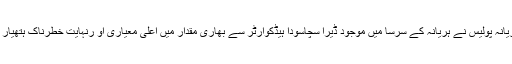
پیر کے روز ہریانہ پولیس نے ہریانہ کے سرسا میں موجود ڈیرا سچاسودا ہیڈکوارٹر سے بھاری مقدار میں اعلی معیاری او رنہایت خطرناک ہتھیار ضبط کئے ہیں۔